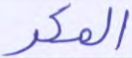
المكر